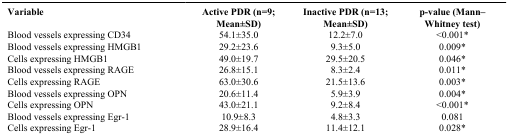
<table><thead><tr><td><b>Variable</b></td><td><b>Active PDR (n=9; Mean±SD)</b></td><td><b>Inactive PDR (n=13; Mean±SD)</b></td><td><b>p-value (Mann–Whitney test)</b></td></tr></thead><tbody><tr><td>Blood vessels expressing CD34</td><td>54.1±35.0</td><td>12.2±7.0</td><td>&lt;0.001*</td></tr><tr><td>Blood vessels expressing HMGB1</td><td>29.2±23.6</td><td>9.3±5.0</td><td>0.009*</td></tr><tr><td>Cells expressing HMGB1</td><td>49.0±19.7</td><td>29.5±20.5</td><td>0.046*</td></tr><tr><td>Blood vessels expressing RAGE</td><td>26.8±15.1</td><td>8.3±2.4</td><td>0.011*</td></tr><tr><td>Cells expressing RAGE</td><td>63.0±30.6</td><td>21.5±13.6</td><td>0.003*</td></tr><tr><td>Blood vessels expressing OPN</td><td>20.6±11.4</td><td>5.9±3.9</td><td>0.004*</td></tr><tr><td>Cells expressing OPN</td><td>43.0±21.1</td><td>9.2±8.4</td><td>&lt;0.001*</td></tr><tr><td>Blood vessels expressing Egr-1</td><td>10.9±8.3</td><td>4.8±3.3</td><td>0.081</td></tr><tr><td>Cells expressing Egr-1</td><td>28.9±16.4</td><td>11.4±12.1</td><td>0.028*</td></tr></tbody></table>